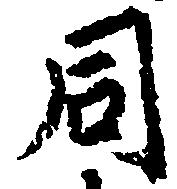
同